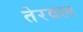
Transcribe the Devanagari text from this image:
तेरवल